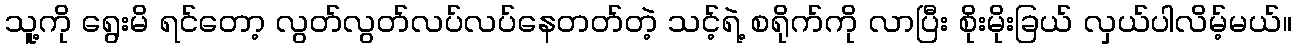
သူ့ကို ရွေးမိ ရင်တော့ လွတ်လွတ်လပ်လပ်နေတတ်တဲ့ သင့်ရဲ့ စရိုက်ကို လာပြီး စိုးမိုးခြယ် လှယ်ပါလိမ့်မယ်။